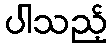
ပါသည့်